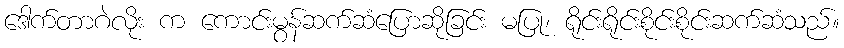
ဒေါက်တာဂဲလိုး က ကောင်းမွန်ဆက်ဆံပြောဆိုခြင်း မပြု၊ ရိုင်းရိုင်းစိုင်းစိုင်းဆက်ဆံသည်။